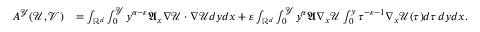
\begin{array} { r l } { A ^ { \mathcal { Y } } ( \mathcal { U } , \mathcal { V } ) } & { = \int _ { \mathbb { R } ^ { d } } \int _ { 0 } ^ { \mathcal { Y } } y ^ { \alpha - \varepsilon } \mathfrak { A } _ { x } \nabla \mathcal { U } \cdot \nabla \mathcal { U } d y d x + \varepsilon \int _ { \mathbb { R } ^ { d } } \int _ { 0 } ^ { \mathcal { Y } } y ^ { \alpha } \mathfrak { A } \nabla _ { x } \mathcal { U } \int _ { 0 } ^ { y } \tau ^ { - \varepsilon - 1 } \nabla _ { x } \mathcal { U } ( \tau ) d \tau \, d y d x . } \end{array}